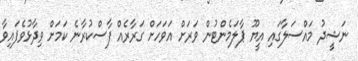
ނަޝީދު މައްސަލާގައި އީޔޫ ޕާލަމެންޓުން ވަރަށް އަވަހަށް ގަރާރެއް ފާސްކުރާނެ ކަމަށް ވިދާޅުވެފައިވާ